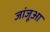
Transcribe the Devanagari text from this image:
जांजूआ